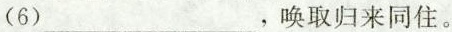
(6)___，唤取归来同住。